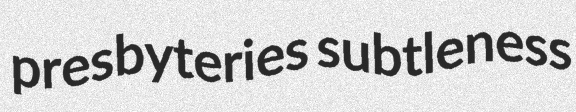
presbyteries subtleness